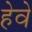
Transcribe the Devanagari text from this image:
हेवे